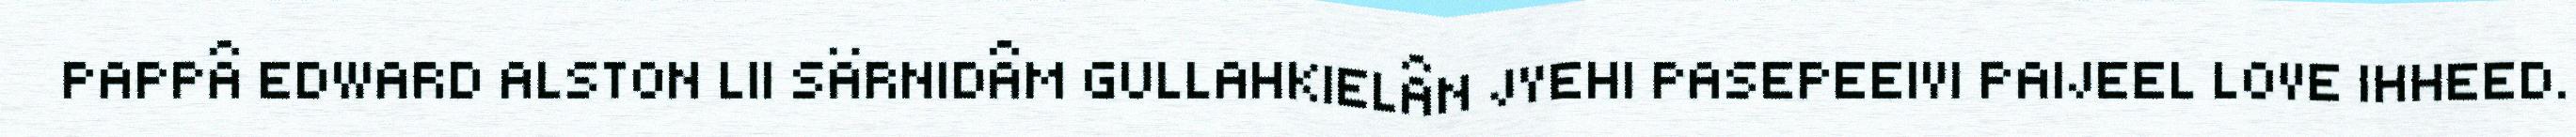
PAPPÂ EDWARD ALSTON LII SÄRNIDÂM GULLAHKIELÂN JYEHI PASEPEEIVI PAIJEEL LOVE IHHEED.